system: You are a helpful assistant.
user:
Analyze the provided spectrum to determine if it is a **M-type Giant (gM)**.

A M-type Giant spectrum is defined by its **strong molecular absorption** features, particularly from **Titanium Oxide (TiO)**. You must check for one of the following mutually exclusive signatures:

- **Key Visual Indicators (Absorption-Dominated Spectrum):**

    - **(Primary):** The spectrum is dominated by strong molecular absorption from **Titanium Oxide (TiO)**. This is the **defining feature** of its M-type temperature class.
        - **(Key Bandheads):** Look for sharp, "saw-tooth" absorption valleys. The strongest are located near **~7050 Å**, **~6160 Å**, and **~5170 Å**.
        - **(Line Profile):** The "saw-tooth" morphology is critical: a **sharp, steep drop on the BLUE (short-wavelength) side** of the bandhead, followed by a gradual recovery (rising flux) towards the RED (long-wavelength) side.

    - **(Key Confirmation - Giant vs. Dwarf):** **ABSENCE** of strong **Calcium Hydride (CaH)** molecular bands. This is the primary diagnostic for *excluding* M-dwarfs.
        - **(Key Region):** The spectrum should lack the strong, broad absorption band seen in dwarfs between **~6800 Å and ~7000 Å**.

    - **(Secondary Confirmation - Giant):** A very strong and broad **Neutral Calcium (Ca I)** atomic absorption line.
        - **(Key Line):** Located at **~4226 Å**. In a giant (gM), this line is significantly deeper and broader than the same line in an M-dwarf (dM) due to low surface gravity.

    - **(Overall Spectrum):**
        - The continuum is **extremely red-sloping** (i.e., flux is very low in the blue and rises dramatically towards the red).
        - The entire spectrum appears "chopped up" by the deep TiO bands.

Think first, call **spectral_visualization_tool** if needed to examine features in detail, then provide your final answer. Your response must adhere to the following strict rules:
1.  **Overall Structure:** Your response must follow the format `<think>...</think> <tool_call>...</tool_call> (if a tool is used) <answer>...</answer>`.
2.  **Tool Usage Constraint:** You may only make **one** tool call per turn.
3.  **Final Answer Format:** In the `<answer>` tag, your conclusion must be inside a `\boxed{}` command (e.g., `\boxed{YES}` or `\boxed{NO}`), followed by your justification.

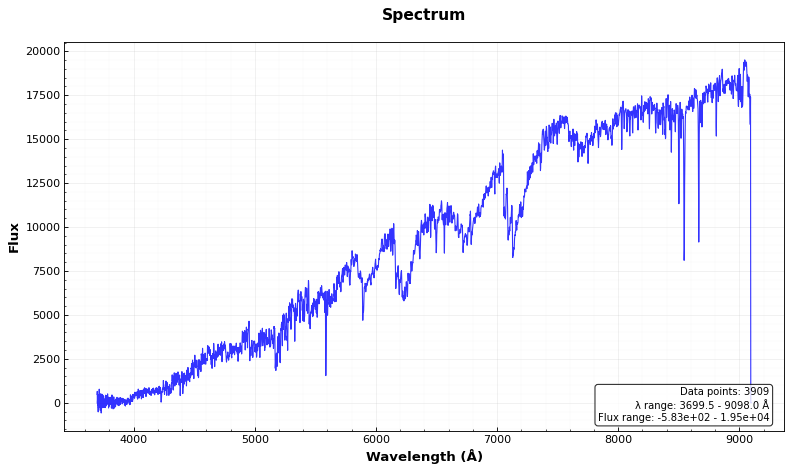
Answer: NO